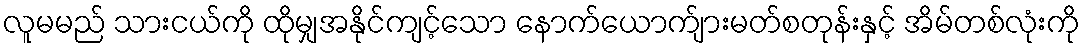
လူမမည် သားငယ်ကို ထိုမျှအနိုင်ကျင့်သော နောက်ယောက်ျားမတ်စတုန်းနှင့် အိမ်တစ်လုံးကို